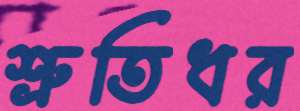
শ্রুতিধর